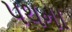
પથના